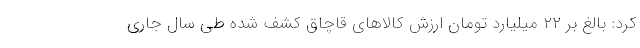
کرد: بالغ بر ۲۲ میلیارد تومان ارزش کالاهای قاچاق کشف شده طی سال جاری